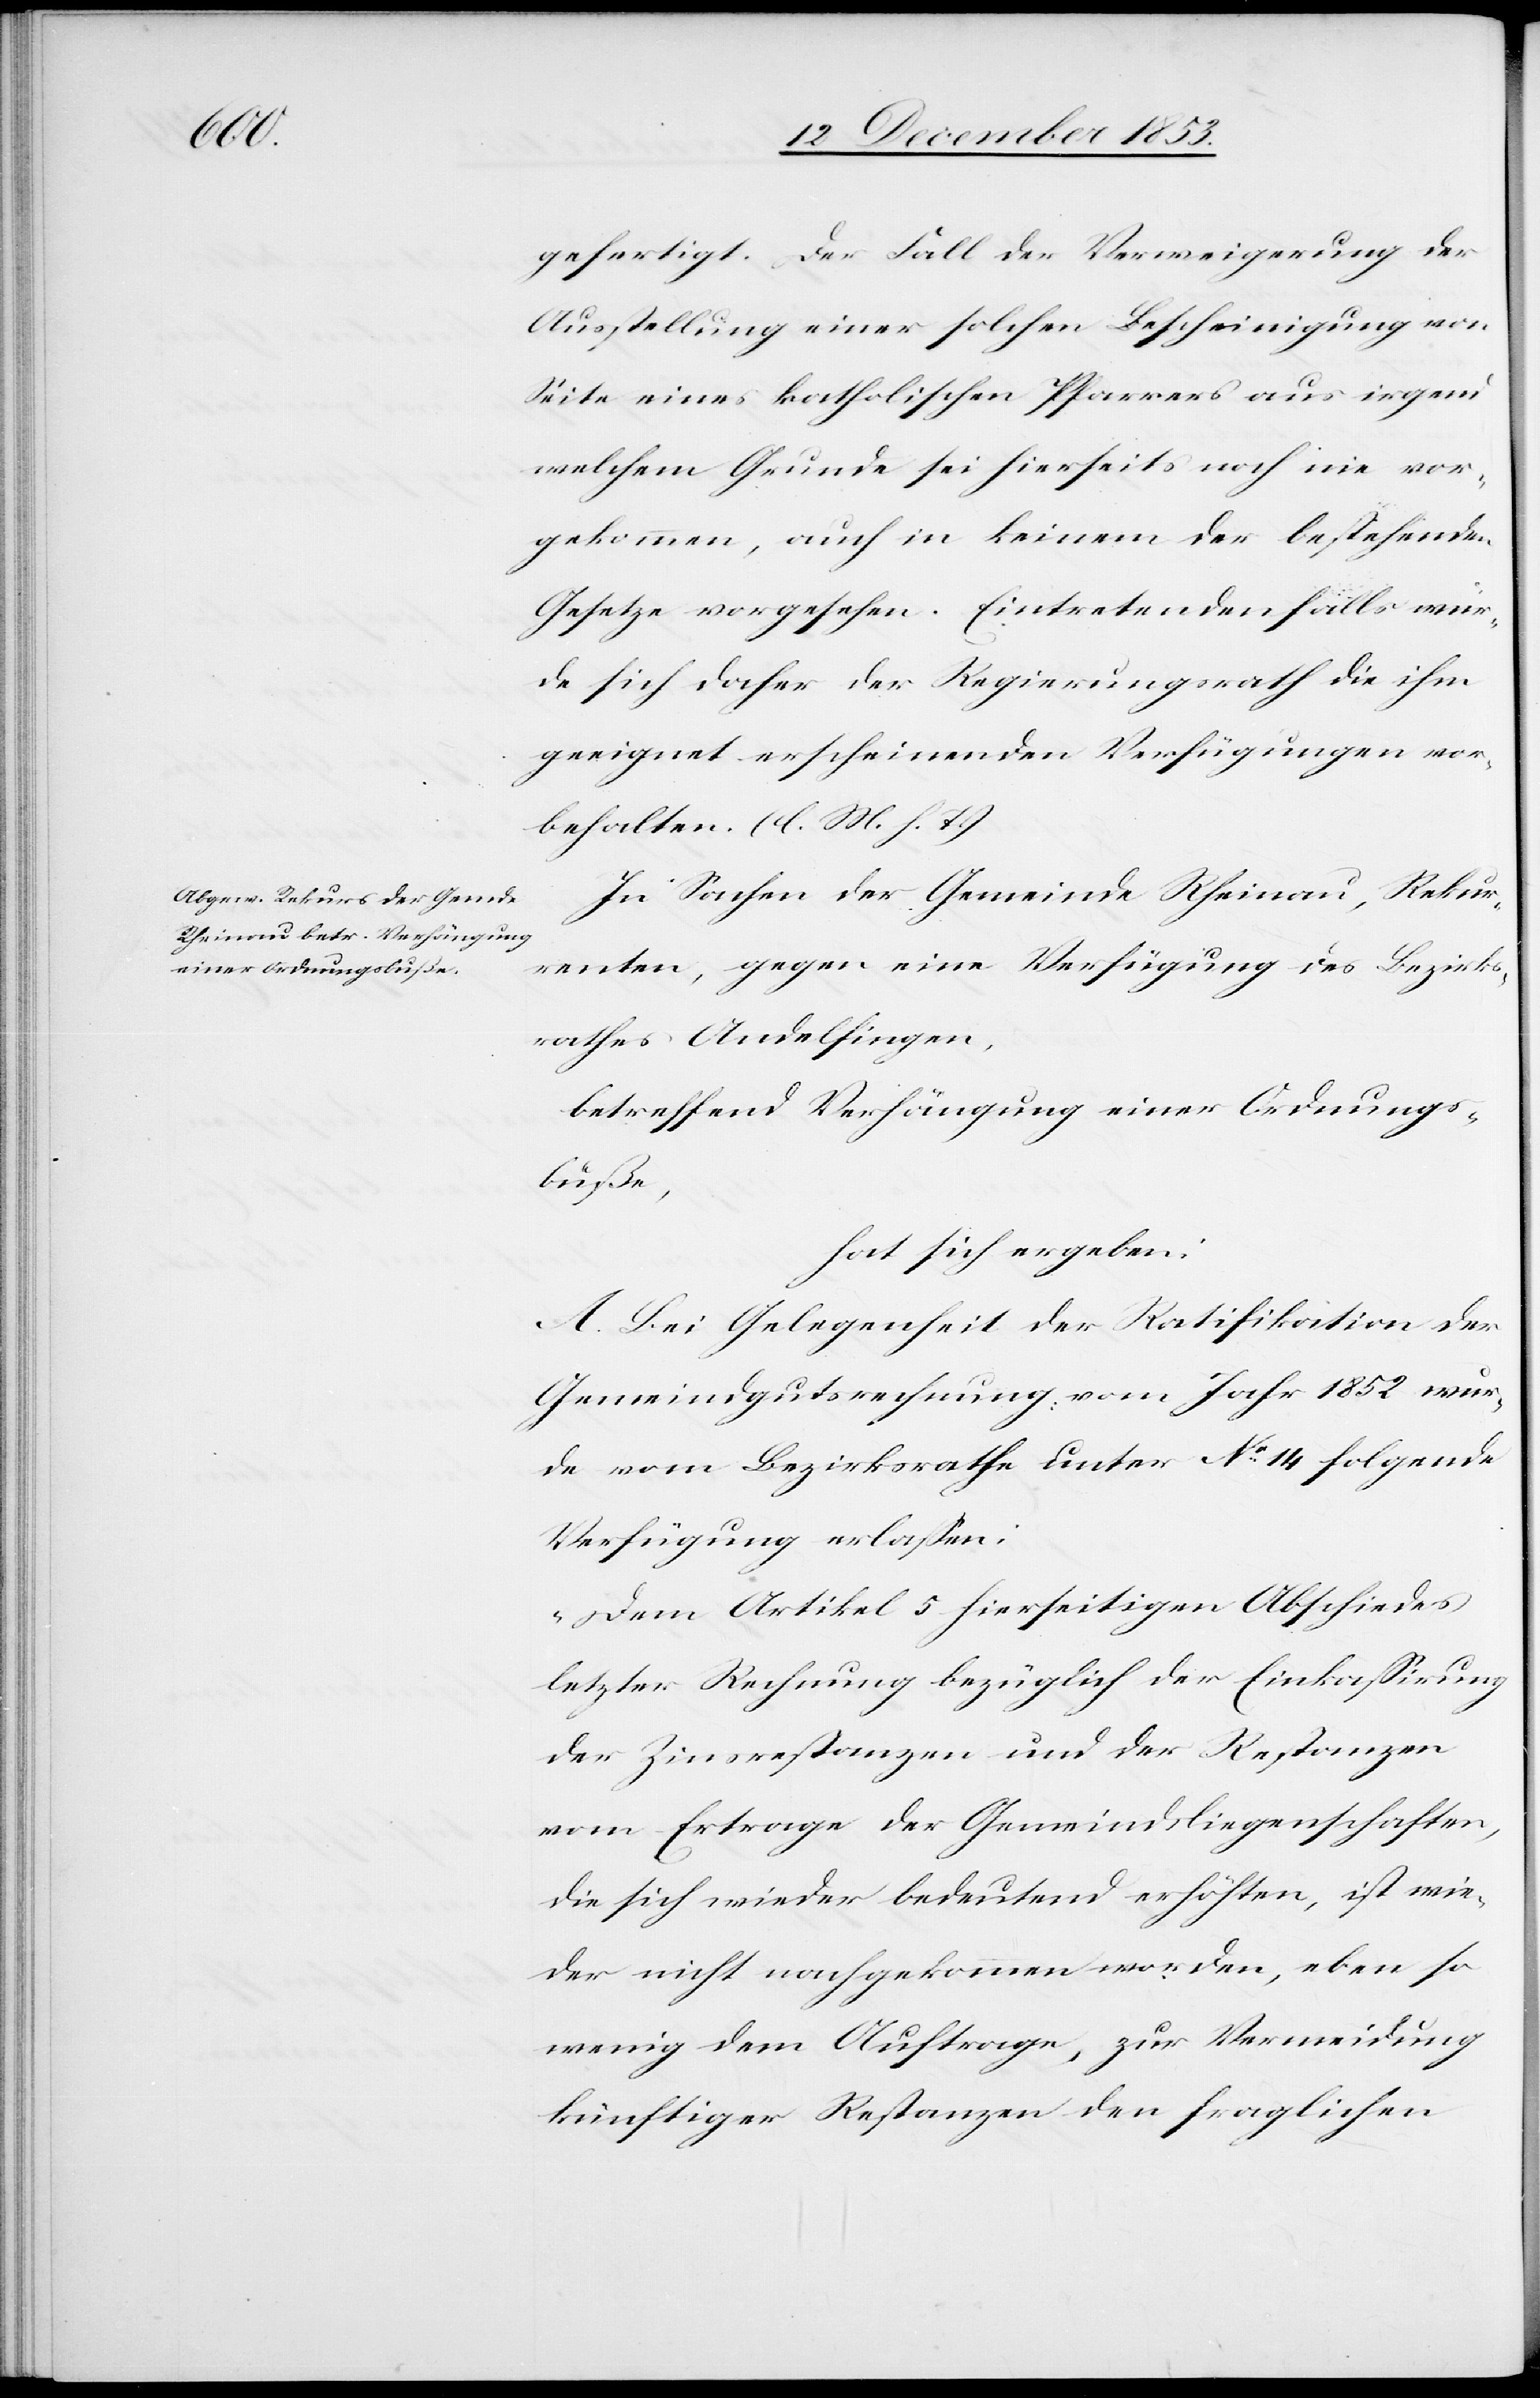
gefertigt. Der Fall der Verweigerung der
Ausstellung einer solchen Bescheinigung von
Seite eines katholischen Pfarrers aus irgend
welchem Grunde sei hierseits noch nie vor¬
gekommen, auch in keinem der bestehenden
Gesetze vorgesehen. Eintretendenfalls wur¬
de sich daher der Regierungsrath die ihm
geeignet erscheinenden Verfügungen vor¬
behalten. [l. M. h. T]
In Sachen der Gemeinde Rheinau, Rekur¬
renten, gegen eine Verfügung des Bezirks¬
rathes Andelfingen,
betreffend Verhängung einer Ordnungs¬
buße,
hat sich ergeben:
A. Bei Gelegenheit der Ratifikation der
Gemeindgutsrechnung vom Jahr 1852 wur¬
de vom Bezirksrathe unter N° 14 folgende
Verfügung erlaßen:
„Dem Artikel 5 hierseitigen Abschiedes
letzter Rechnung bezüglich der Einkaßirung
der Zinsrestanzen und der Restanzen
vom Ertrage der Gemeindsliegenschaften,
die sich wieder bedeutend erhöhten, ist wie¬
der nicht nachgekommen worden, eben so
wenig dem Auftrage, zur Vermeidung
künftiger Restanzen den fraglichen